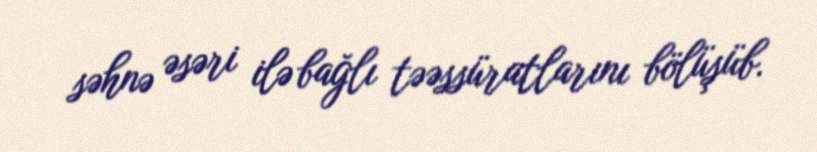
səhnə əsəri ilə bağlı təəssüratlarını bölüşüb.